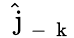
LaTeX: \hat{\mathrm{~\mathbf~j~}}_{-\mathrm{~\mathbf~k~}}